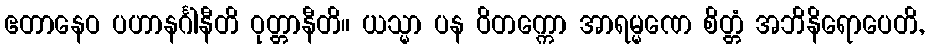
ဧတာနေဝ ပဟာနင်္ဂါနီတိ ဝုတ္တာနီတိ။ ယသ္မာ ပန ဝိတက္ကော အာရမ္မဏေ စိတ္တံ အဘိနိရောပေတိ,